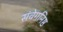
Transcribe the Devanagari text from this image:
संवेगनिष्ठ